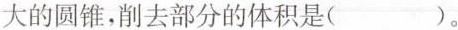
大的圆锥，削去部分的体积是()。